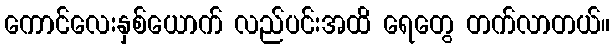
ကောင်လေးနှစ်ယောက် လည်ပင်းအထိ ရေတွေ တက်လာတယ်။